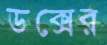
ডক্সের